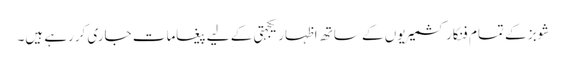
شوبز کے تمام فنکار کشمیریوں کے ساتھ اظہار یکجہتی کے لیے پیغامات جاری کررہے ہیں۔